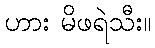
ဟား မိဖရဲသီး။